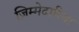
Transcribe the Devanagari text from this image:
ज़िम्मेदारिया